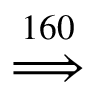
\stackrel { 1 6 0 } { \implies }